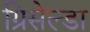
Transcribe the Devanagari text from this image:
ग्रिसेल्डा